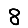
Digit: 8